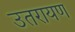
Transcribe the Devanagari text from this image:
उतरायण